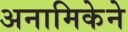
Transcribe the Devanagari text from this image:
अनामिकेने